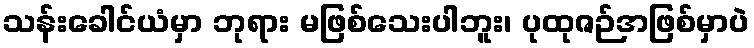
သန်းခေါင်ယံမှာ ဘုရား မဖြစ်သေးပါဘူး၊ ပုထုဇဉ်အဖြစ်မှာပဲ